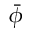
\bar { \phi }